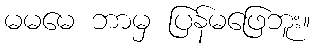
မမမေ ဘာမှ ပြန်မဖြေဘူး။